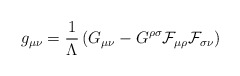
\begin{align*}g_{\mu \nu} = \frac{1}{\Lambda} \left( G_{\mu \nu} -G^{\rho \sigma}\cal{F}_{\mu \rho} \cal{F}_{\sigma \nu} \right)\end{align*}